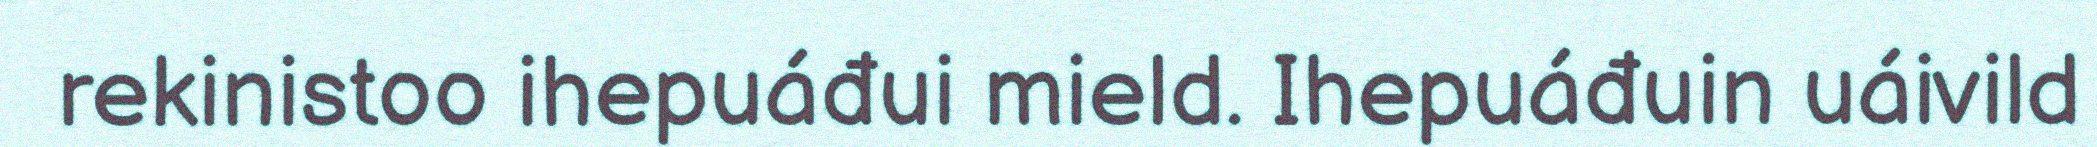
rekinistoo ihepuáđui mield. Ihepuáđuin uáivild